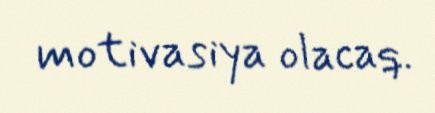
motivasiya olacaq.